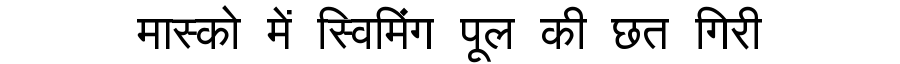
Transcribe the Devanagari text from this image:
मास्को में स्विमिंग पूल की छत गिरी